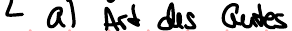
a) Art des Gutes